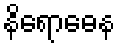
နိရောဓေန